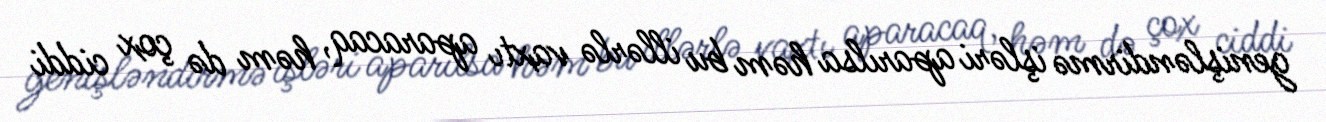
genişləndirmə işləri aparılsa həm bu illərlə vaxtı aparacaq, həm də çox ciddi